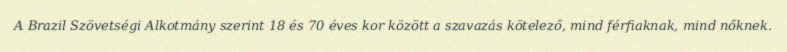
A Brazil Szövetségi Alkotmány szerint 18 és 70 éves kor között a szavazás kötelező, mind férfiaknak, mind nőknek.